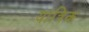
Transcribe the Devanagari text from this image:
यांत्रिक